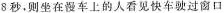
8秒，则坐在慢车上的人看见快车驶过窗口